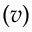
( v )